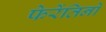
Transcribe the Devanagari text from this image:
फेरेंतिनो